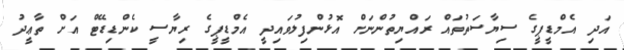
އަދި އެމްޑީޕީގެ ސިޔާސަތުތައް ރައްޔިތުންނަށް އޮޅުންފިލުވައިދީ އެމްޑީޕީގެ ރިޔާސީ ކެންޑިޑޭޓް އަށް ތާޢީދު